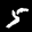
Label: 5